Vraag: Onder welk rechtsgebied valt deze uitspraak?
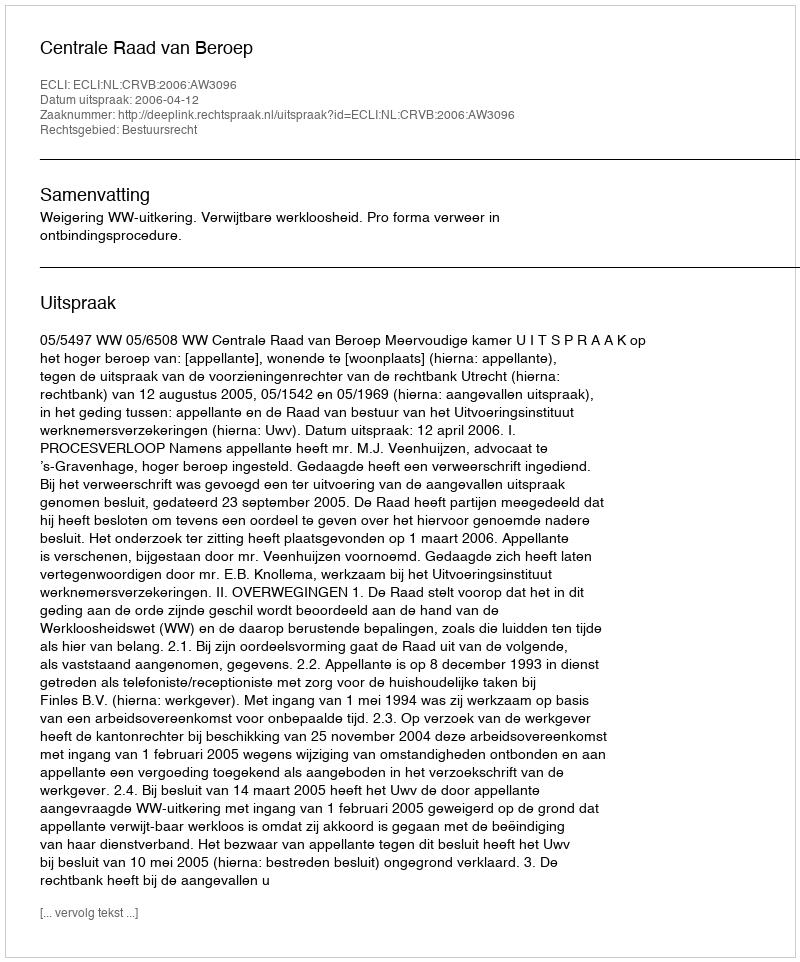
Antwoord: Bestuursrecht